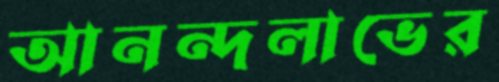
আনন্দলাভের